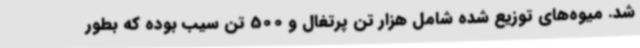
شد. میوه‌های توزیع شده شامل هزار تن پرتغال و 500 تن سیب بوده که بطور